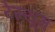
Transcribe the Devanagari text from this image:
रेस्यूम